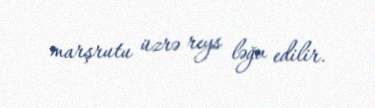
marşrutu üzrə reys ləğv edilir.